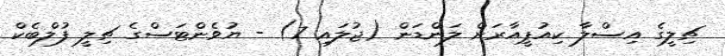
ޗިލީގެ އިސްލާ ކިއުޕީއާރަށް ލަންޑަން (ޖުލައި 7) - ޔުވެންޓަސްގެ ޗިލީ ފުލްބެކް